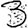
Digit: 3